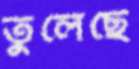
তুলেছে